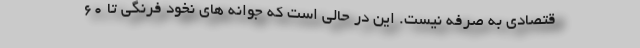
قتصادی به صرفه نیست. این در حالی است که جوانه های نخود فرنگی تا 60